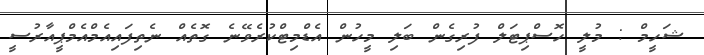
ޝަހީމް : މުލީ ހޮސްޕިޓަލް ފުރިގެން ބަލި މީހުން އެޑްމިޓްކުރެވޭނެ ގޮތެއް ނެތިފައިއެމްއެމްޕީއާރުސީ